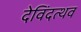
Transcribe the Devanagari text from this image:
देविंदत्थव